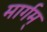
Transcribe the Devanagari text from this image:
मार्गम्‌